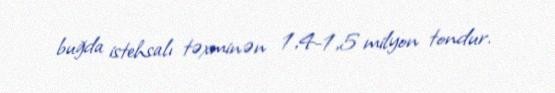
buğda istehsalı təxminən 1,4-1,5 milyon tondur.